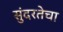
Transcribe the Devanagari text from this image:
सुंदरतेचा